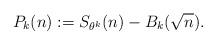
LaTeX: \begin{align*} P_k(n) := S_{\theta^k}(n) - B_k(\sqrt n).\end{align*}